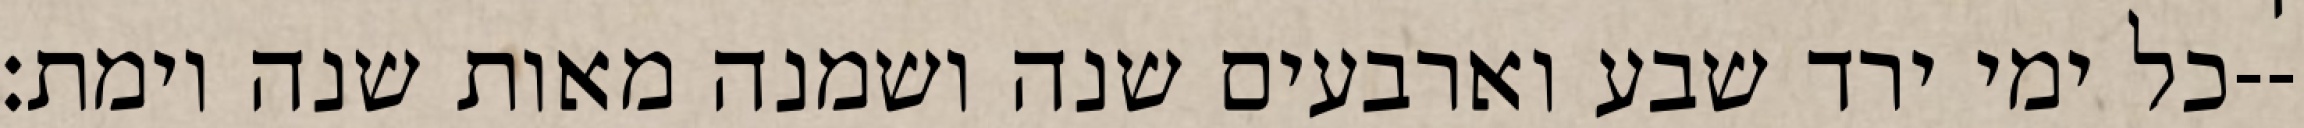
כל ימי ירד שבע וארבעים שנה ושמנה מאות שנה וימת׃--